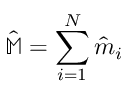
\hat { \mathbb { M } } = \sum _ { i = 1 } ^ { N } \hat { m } _ { i }